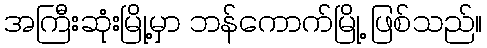
အကြီးဆုံးမြို့မှာ ဘန်ကောက်မြို့ ဖြစ်သည်။